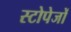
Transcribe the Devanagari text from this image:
स्टोपेजों